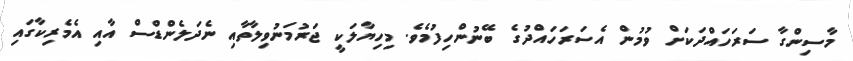
މާސިންގާ ސަރަހައްދަކަށް ވުމުން އެސަރަހައްދުގެ ބޭނުންހިފުމެވެ. މިހިޔާލަކީ ޖަރުމަނުވިލާތާއި ނެދަލެންޑްސް އާއި އެމެރިކާގައި